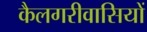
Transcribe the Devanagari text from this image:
कैलगरीवासियों